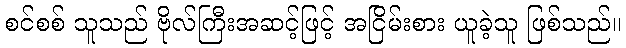
စင်စစ် သူသည် ဗိုလ်ကြီးအဆင့်ဖြင့် အငြိမ်းစား ယူခဲ့သူ ဖြစ်သည်။